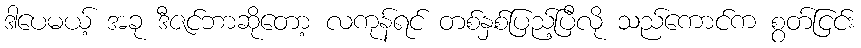
ဒါပေမယ့် အခု ဒီဇင်ဘာဆိုတော့ လကုန်ရင် တစ်နှစ်ပြည့်ပြီလို သည်ကောင်က စွတ်ငြင်း